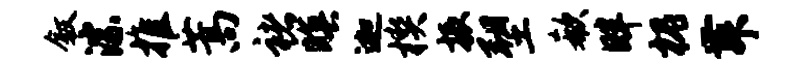
叙淙推蒿褚暝迦楔振塑欷畔槐舞